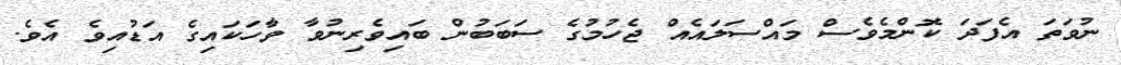
ނުވަތަ އެފަދަ ކޮންމެވެސް މައްސަލައެއް ޖެހުމުގެ ސަބަބުން ބައިވެރިނުވާ ވާހަކައިގެ އަޑުއިވެ އެވެ.